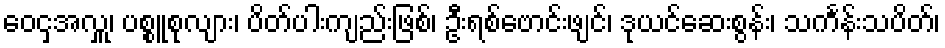
ဝေငှအလှူ၊ ပစ္စူစုလျား၊ ပိတ်ပါးကျည်းဖြစ်၊ ဦးရစ်ဗောင်းဖျင်၊ ဒုယင်ဆေးစွန်း၊ သင်္ကန်းသပိတ်၊